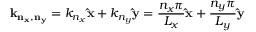
\mathbf { k _ { n _ { x } , n _ { y } } } = k _ { n _ { x } } \mathbf { \hat { x } } + k _ { n _ { y } } \mathbf { \hat { y } } = { \frac { n _ { x } \pi } { L _ { x } } } \mathbf { \hat { x } } + { \frac { n _ { y } \pi } { L _ { y } } } \mathbf { \hat { y } }